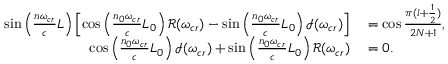
\begin{array} { r l } { \sin \left( \frac { n \omega _ { c r } } { c } L \right) \left[ \cos \left( \frac { n _ { 0 } \omega _ { c r } } { c } L _ { 0 } \right) \mathcal { R } ( \omega _ { c r } ) - \sin \left( \frac { n _ { 0 } \omega _ { c r } } { c } L _ { 0 } \right) \mathcal { I } ( \omega _ { c r } ) \right] } & { { } = \cos \frac { \pi ( l + \frac { 1 } { 2 } ) } { 2 N + 1 } , } \\ { \cos \left( \frac { n _ { 0 } \omega _ { c r } } { c } L _ { 0 } \right) \mathcal { I } ( \omega _ { c r } ) + \sin \left( \frac { n _ { 0 } \omega _ { c r } } { c } L _ { 0 } \right) \mathcal { R } ( \omega _ { c r } ) } & { { } = 0 . } \end{array}